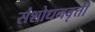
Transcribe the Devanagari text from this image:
संशोधनवृत्ती